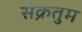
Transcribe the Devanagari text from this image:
सेक्रेतुम